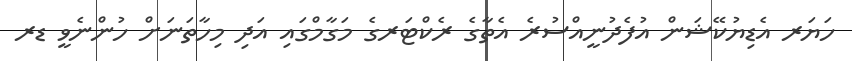
ހަޔަރ އެޑިޔުކޭޝަން އުފެދުނީއްސުރެ އެތާގެ ރެކްޓަރގެ މަގާމްގައި އަދި މިހާތަނަށް ހުންނެވީ ޑރ